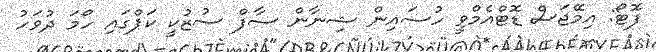
ފޮޓޯ: އިމޭޖަސް ޑޮޓްއެމްވީ ހުސައިން ޝިނާން ސާފް ސުޒުކީ ކަޕްގައި ހޯމަ ދުވަހު